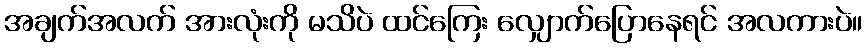
အချက်အလက် အားလုံးကို မသိပဲ ထင်ကြေး လျှောက်ပြောနေရင် အလကားပဲ။